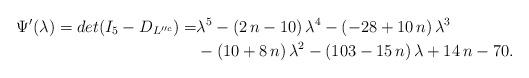
LaTeX: \begin{align*}\Psi'(\lambda)=det(I_5-D_{L''^c})=&{\lambda}^{5}- \left( 2\,n-10 \right) {\lambda}^{4}- \left( -28+10\,n \right) {\lambda}^{3}\\&- \left( 10+8\,n \right) {\lambda}^{2}- \left(103-15\,n \right) \lambda+14\,n-70.\end{align*}